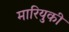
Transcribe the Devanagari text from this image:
मारियुकी